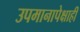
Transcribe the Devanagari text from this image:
उपमानापेक्षाही